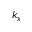
k _ { x }